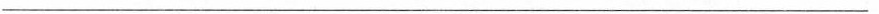
___